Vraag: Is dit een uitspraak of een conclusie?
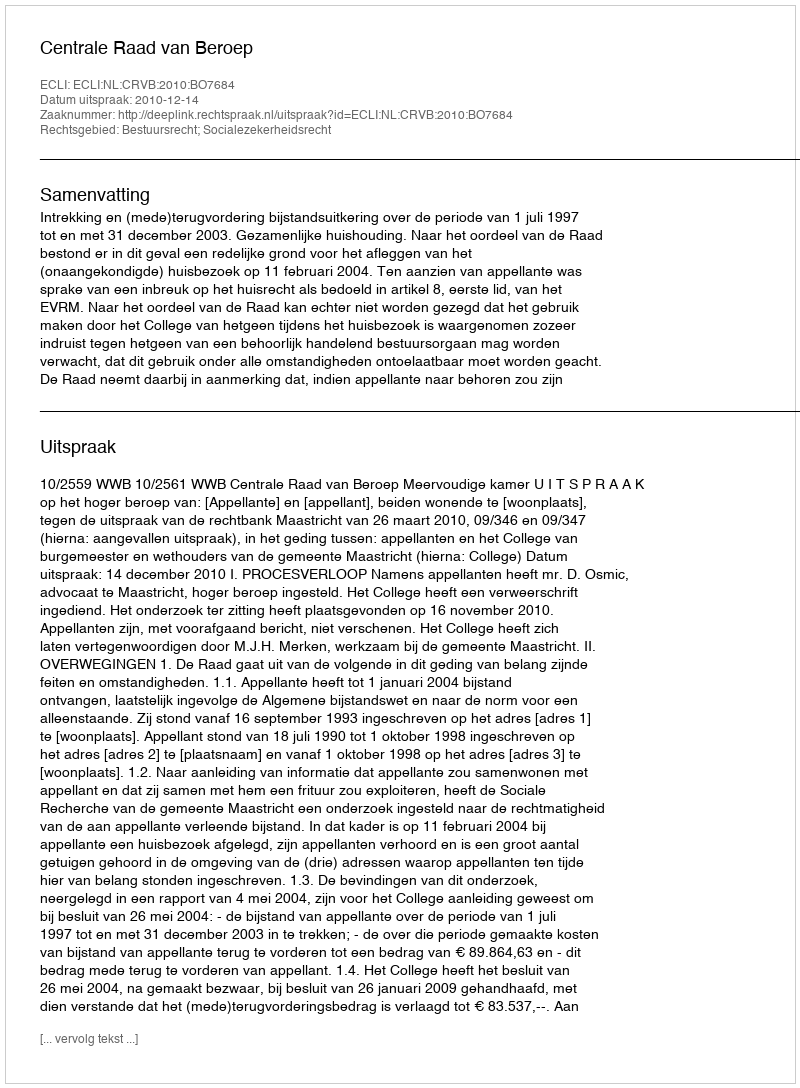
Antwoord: Uitspraak